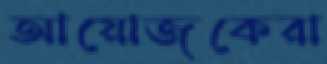
আয়োজকেরা